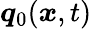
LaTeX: \boldsymbol{q}_{0}(\boldsymbol{x},t)